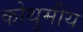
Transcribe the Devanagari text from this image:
कोथुमीय